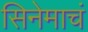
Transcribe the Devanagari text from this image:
सिनेमाचं